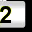
Digit: 2